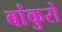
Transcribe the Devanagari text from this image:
बांकुरों